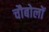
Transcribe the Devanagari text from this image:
चौबोलों